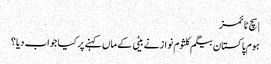
| سچ ٹائمز
ہوم پاکستان بیگم کلثوم نواز نے بیٹی کے ماں کہنے پر کیا جواب دیا؟